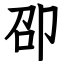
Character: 卲